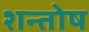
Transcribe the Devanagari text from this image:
शन्तोष